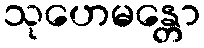
သုဟေမန္တော